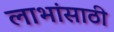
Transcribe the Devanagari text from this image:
लाभांसाठी